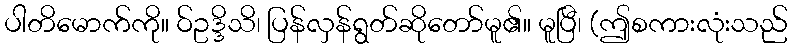
ပါတိမောက်ကို။ ဝ်ဥဒ္ဒိသိ၊ ပြန်လှန်ရွတ်ဆိုတော်မူ၏။ မူပြီ၊ (ဤစကားလုံးသည်